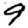
Digit: 9